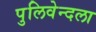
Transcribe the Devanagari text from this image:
पुलिवेन्दला